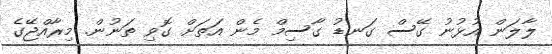
ލާލަން އުޅުނު ގޭސް ގަނޑު ގާސިމް މެން އަތަށް ގޮވި ތަނުން. މިރާއްޖޭގެ